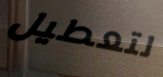
لتعطيل